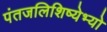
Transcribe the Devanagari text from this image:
पंतजलिशिष्येभ्यो